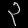
Digit: ၃